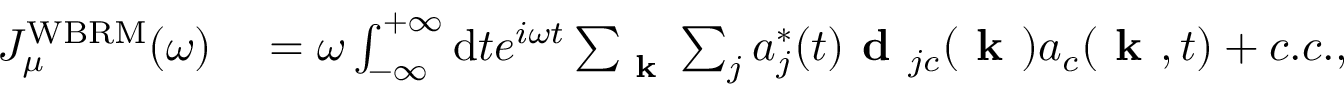
\begin{array} { r l } { J _ { \mu } ^ { \mathrm { W B R M } } ( \omega ) } & { { } = \omega \int _ { - \infty } ^ { + \infty } \mathrm { d } t e ^ { i \omega t } \sum _ { \textbf { k } } \sum _ { j } a _ { j } ^ { * } ( t ) \textbf { d } _ { j c } ( \textbf { k } ) a _ { c } ( \textbf { k } , t ) + c . c . , } \end{array}